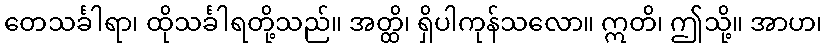
တေသင်္ခါရာ၊ ထိုသင်္ခါရတို့သည်။ အတ္ထိ၊ ရှိပါကုန်သလော။ ဣတိ၊ ဤသို့။ အာဟ၊